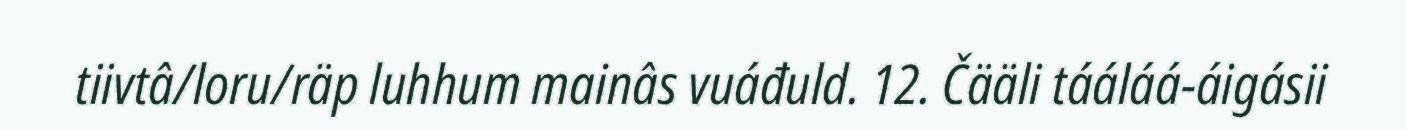
tiivtâ/loru/räp luhhum mainâs vuáđuld. 12. Čääli tááláá-áigásii